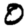
Digit: 0